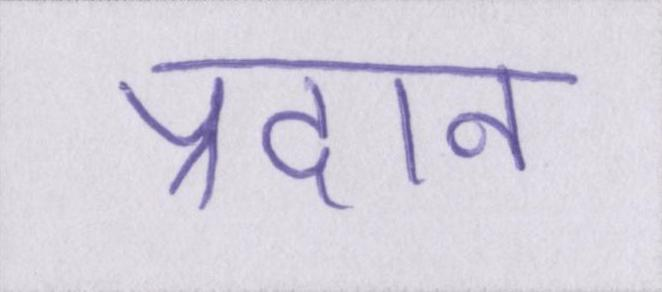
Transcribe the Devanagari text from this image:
प्रदान